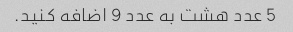
5 عدد هشت به عدد 9 اضافه کنید.